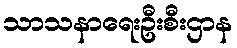
သာသနာရေးဦးစီးဌာန